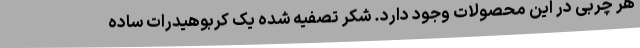
هر چربی در این محصولات وجود دارد. شکر تصفیه شده یک کربوهیدرات ساده